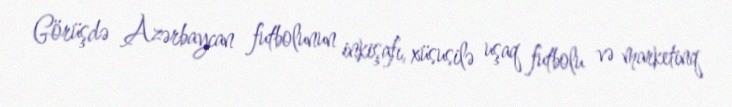
Görüşdə Azərbaycan futbolunun inkişafı, xüsusilə uşaq futbolu və marketinq